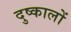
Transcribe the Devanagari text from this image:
दुष्कालों